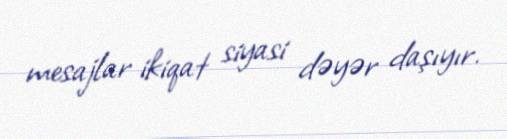
mesajlar ikiqat siyasi dəyər daşıyır.